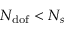
N _ { \mathrm { d o f } } < N _ { s }